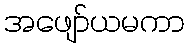
အဖျော်ယမကာ